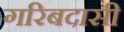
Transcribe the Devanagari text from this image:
गरिबदासी